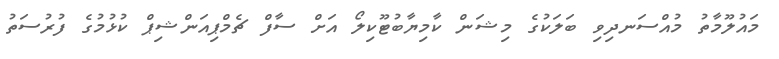
މައުލޫމާތު މުއްސަނދިވި ބަލަކުގެ މިޝަން ކާމިޔާބުޓޫކިލޯ އަށް ސާފް ޗެމްޕިއަންޝިޕް ކުޅުމުގެ ފުރުސަތު